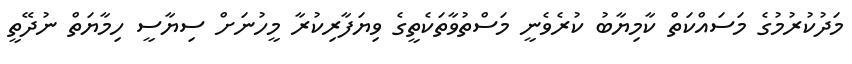
މަދުކުރުމުގެ މަސައްކަތް ކާމިޔާބު ކުރެވެނީ މަސްތުވާތަކެތީގެ ވިޔަފާރިކުރާ މީހުނަށް ސިޔާސީ ހިމާޔަތް ނުދޭތީ